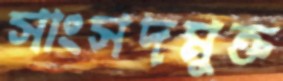
সাংসদমুক্ত